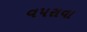
વપરાવા